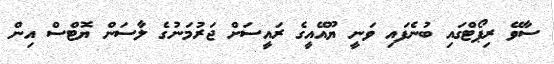
ސާވޭ ރިޕޯޓްގައި ބުނެފައި ވަނީ ޔޫއޭއީގެ ރައީސަށް ޖަރުމަނުގެ ލާސަން ޔޮޓްސް އިން